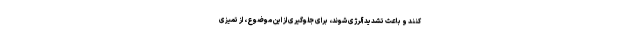
کنند و باعث تشدید آلرژی شوند، برای جلوگیری از این موضوع، از تمیزی